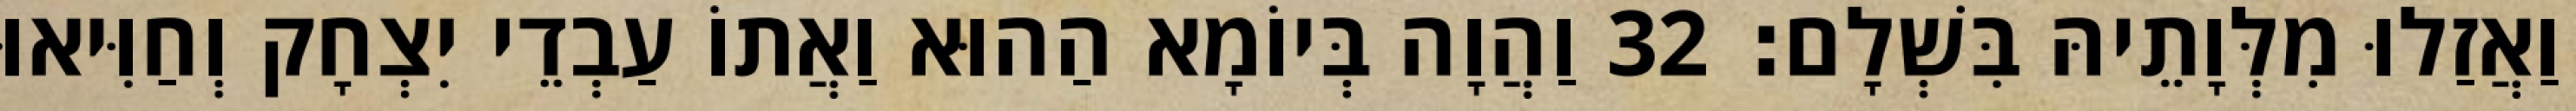
וַאֲזַלוּ מִלְּוָתֵיהּ בִּשְׁלָם׃ 32 וַהֲוָה בְּיוֹמָא הַהוּא וַאֲתוֹ עַבְדֵי יִצְחָק וְחַוִּיאוּ